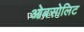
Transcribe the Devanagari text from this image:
ओबसोलिट